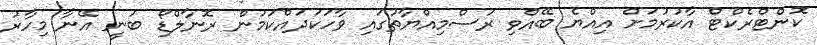
ކޮންޓްރެކްޓް އާކުރުމަށް އިއްޔެ ބޭއްވި ރަސްމިއްޔާތުގައި ވާހަކަދައްކަމުން ރޮނާލްޑޯ ބުނީ އޭނާ މިހާރު